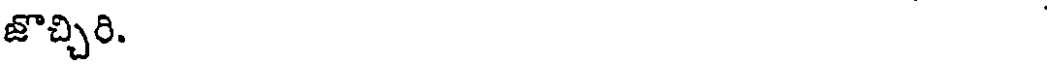
జొచ్చిరి.